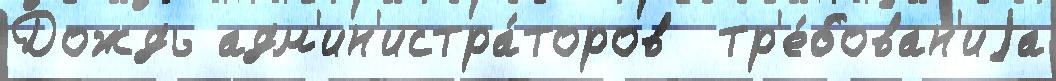
Дождь адм'ин'истра́торов  тр'е́бован'иjа